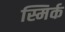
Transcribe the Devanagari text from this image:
स्मिर्क